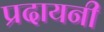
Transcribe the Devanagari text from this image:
प्रदायनी